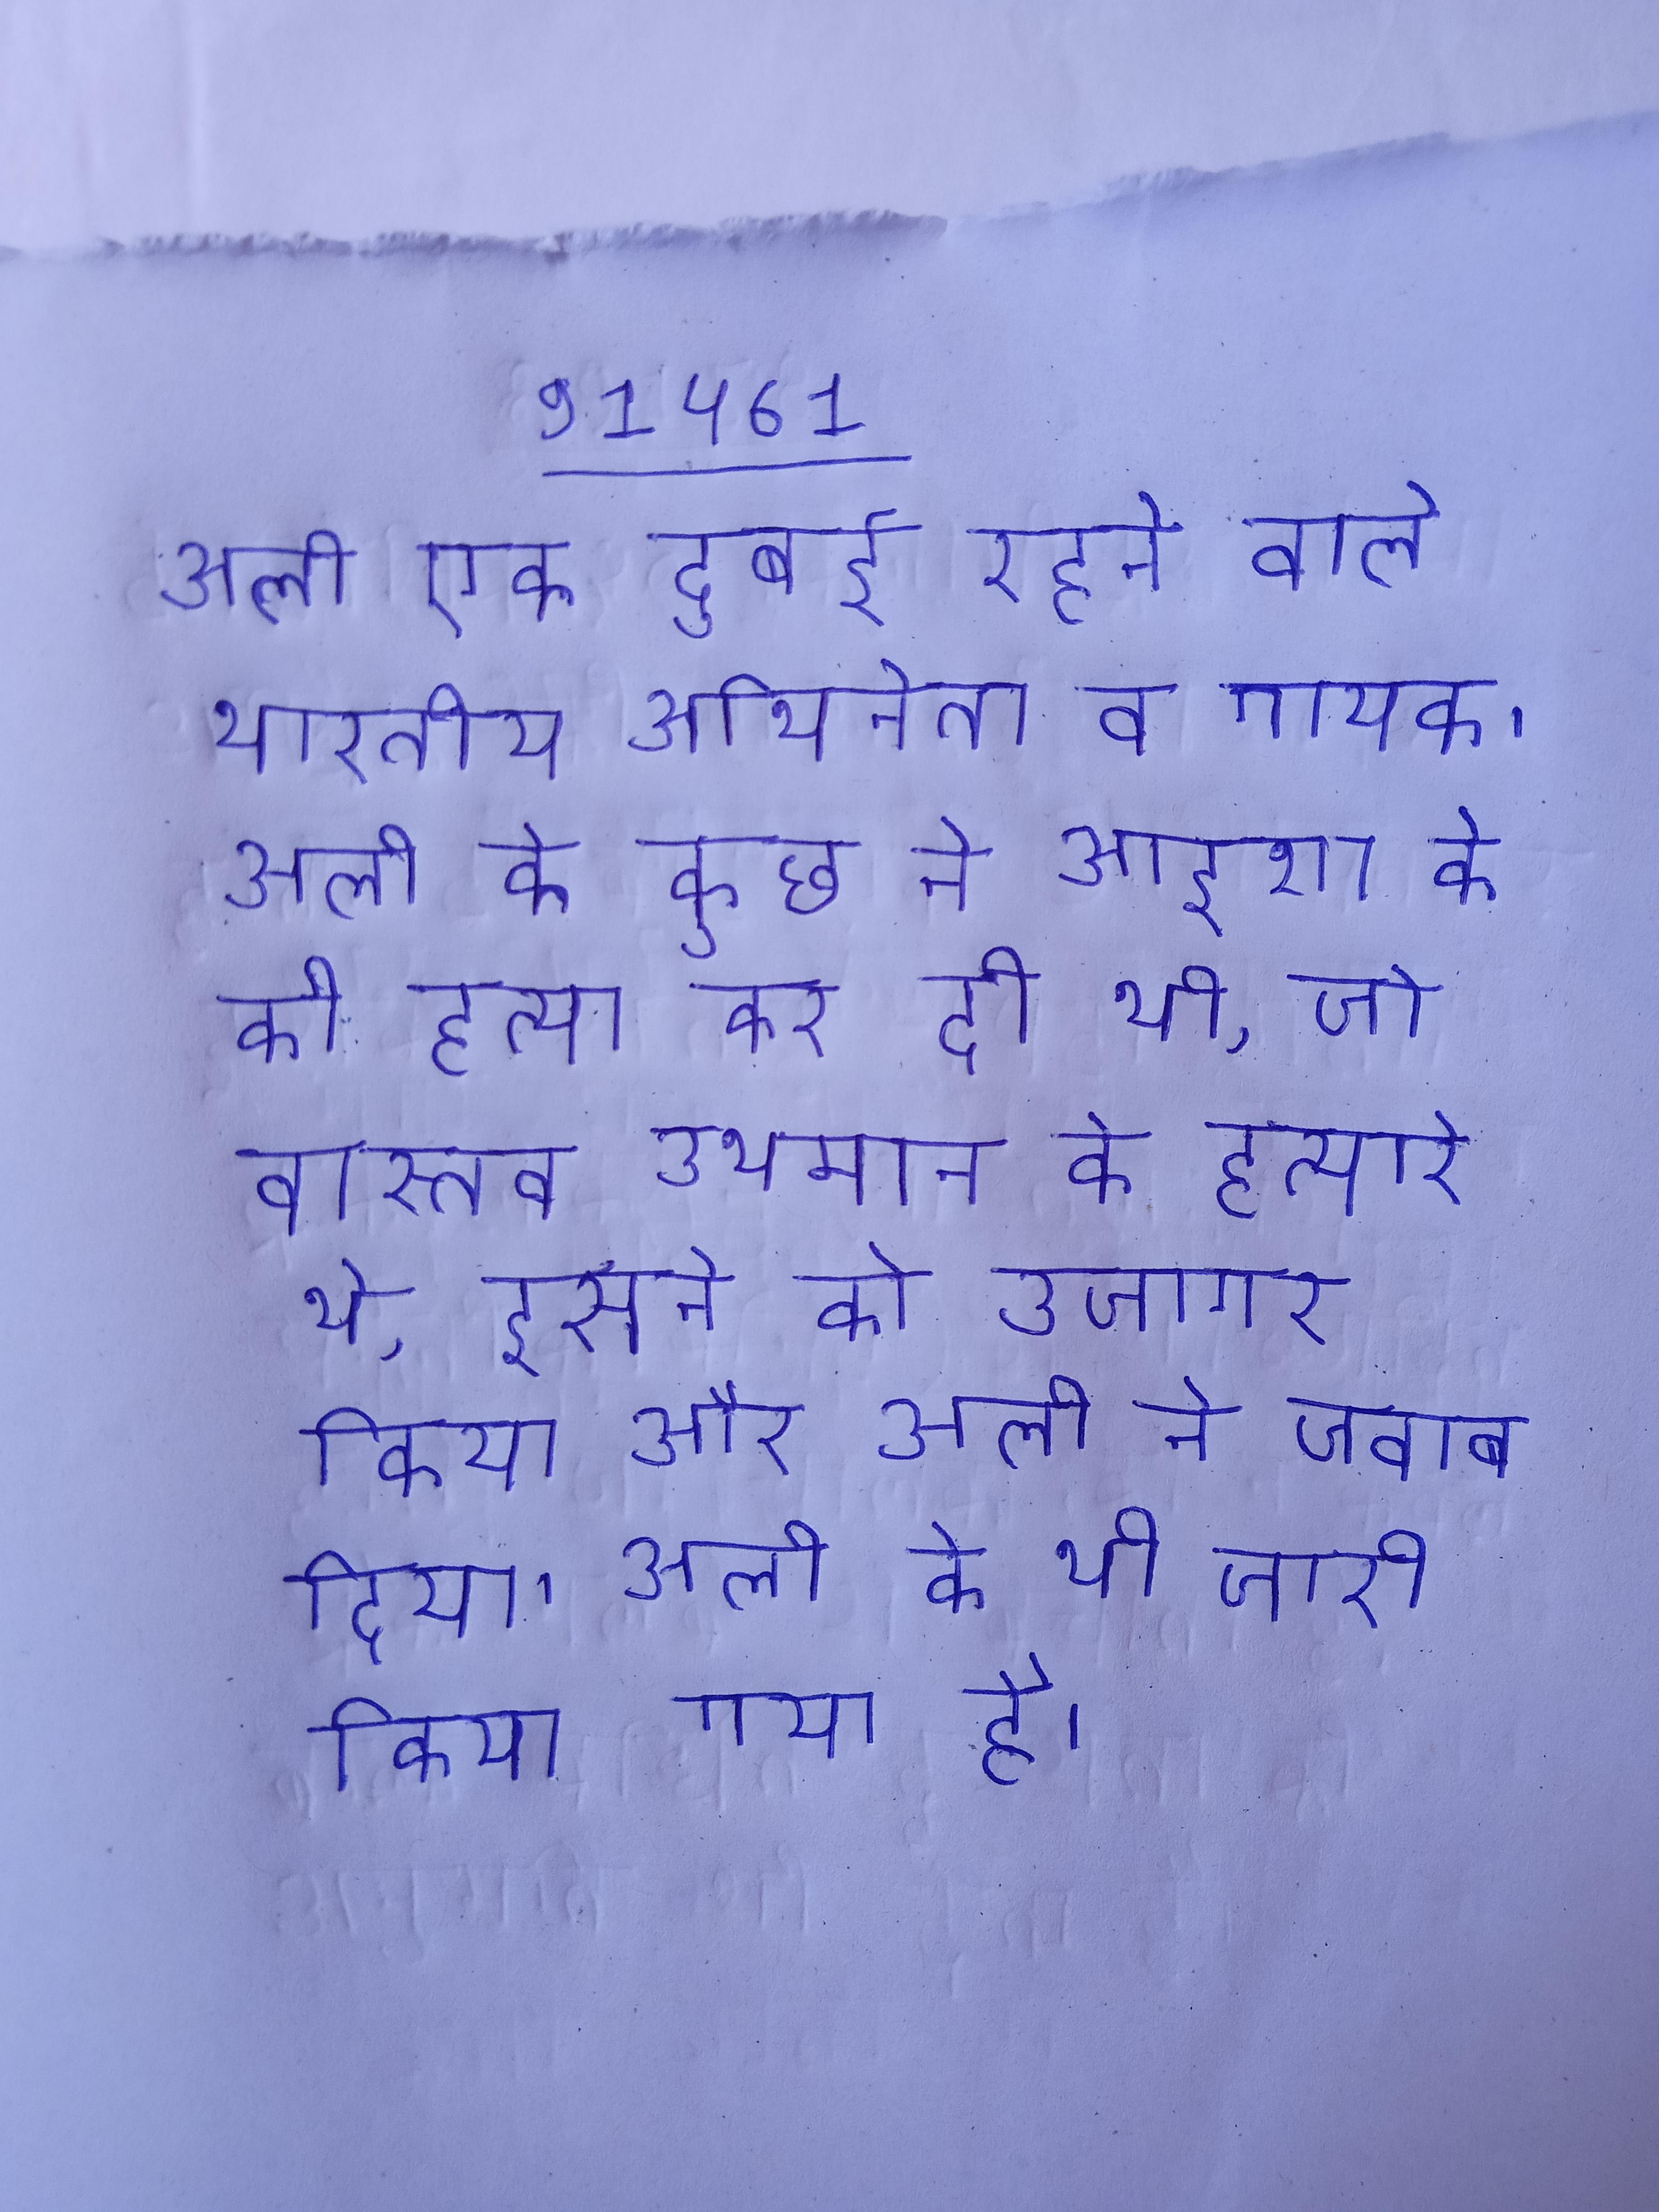
अली एक दुबई रहने वाले भारतीय अभिनेता व गायक । अली के कुछ ने आइशा के की हत्या कर दी थी, जो वास्तव उथमान के हत्यारे थे, इसने को उजागर किया और अली ने जवाब दिया । अली के भी जारी किया गया है ।